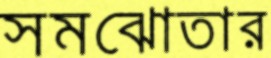
সমঝোতার